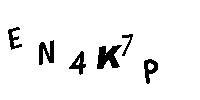
EN4K7P